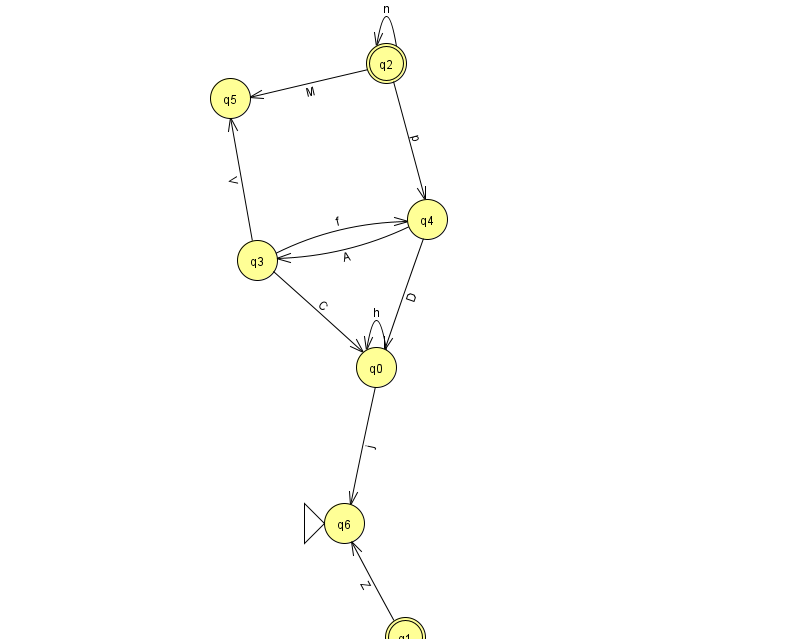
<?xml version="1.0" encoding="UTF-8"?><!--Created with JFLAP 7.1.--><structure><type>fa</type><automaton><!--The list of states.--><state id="0" name="q0"><x>376.0</x><y>354.0</y></state><state id="1" name="q1"><x>405.0</x><y>624.0</y><final/></state><state id="2" name="q2"><x>386.0</x><y>50.0</y><final/></state><state id="3" name="q3"><x>257.0</x><y>247.0</y></state><state id="4" name="q4"><x>427.0</x><y>206.0</y></state><state id="5" name="q5"><x>230.0</x><y>85.0</y></state><state id="6" name="q6"><x>344.0</x><y>510.0</y><initial/></state><!--The list of transitions.--><transition><from>2</from><to>5</to><read>M</read></transition><transition><from>1</from><to>6</to><read>Z</read></transition><transition><from>4</from><to>3</to><read>A</read></transition><transition><from>3</from><to>4</to><read>f</read></transition><transition><from>3</from><to>5</to><read>V</read></transition><transition><from>0</from><to>0</to><read>h</read></transition><transition><from>4</from><to>0</to><read>D</read></transition><transition><from>0</from><to>6</to><read>j</read></transition><transition><from>2</from><to>4</to><read>p</read></transition><transition><from>3</from><to>0</to><read>C</read></transition><transition><from>2</from><to>2</to><read>n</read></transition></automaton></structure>